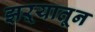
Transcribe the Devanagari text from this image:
झऱ्यातून